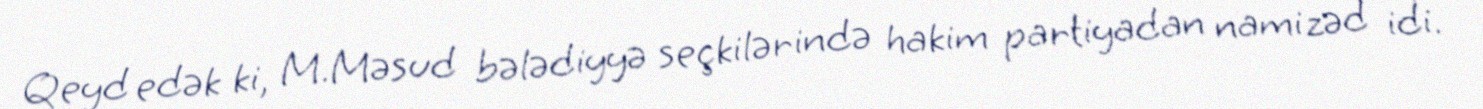
Qeyd edək ki, M.Məsud bələdiyyə seçkilərində hakim partiyadan namizəd idi.